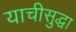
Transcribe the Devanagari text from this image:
याचीसुद्धा